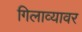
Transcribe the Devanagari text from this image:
गिलाव्यावर